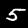
Label: 5